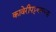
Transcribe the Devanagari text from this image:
कावेरीपट्टणमच्या